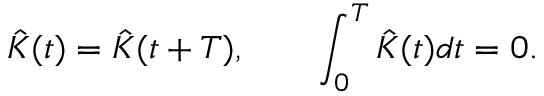
\hat { K } ( t ) = \hat { K } ( t + T ) , \qquad \int _ { 0 } ^ { T } \hat { K } ( t ) d t = 0 .